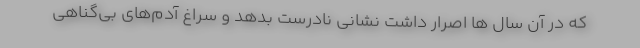
که در آن سال ها اصرار داشت نشانی نادرست بدهد و سراغ آدم‌های بی‌گناهی